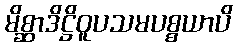
မိစ္ဆာဒိဋ္ဌိဝူပသမပစ္စယာပိ